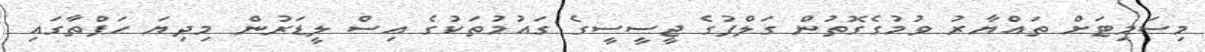
މިސަމިޓަށް ތައްޔާރު ވުމުގެގޮތުން ގަލްފުގެ ޖީސީސީގެ ގައުމުތަކުގެ އިސް ލީޑަރުން މިދިޔަ ހަފްތާގައި